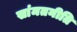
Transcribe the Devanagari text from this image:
सांमतनीति